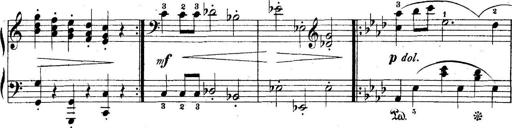
Title: 5 Sonatinas
Composer: Theodor Kirchner